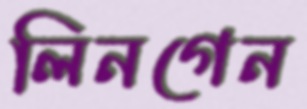
লিনগেন